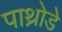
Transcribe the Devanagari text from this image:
पाथ्रोडे